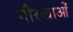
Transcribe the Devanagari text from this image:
गौरखाओं